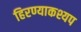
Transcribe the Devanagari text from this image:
हिरण्याकश्यप